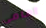
امامى